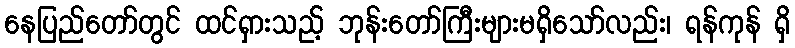
နေပြည်တော်တွင် ထင်ရှားသည့် ဘုန်းတော်ကြီးများမရှိသော်လည်း၊ ရန်ကုန် ရှိ